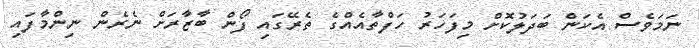
ނަމަވެސް އެކަން ބަދަލުކޮށް މިފަހަރު ހަފްތާއެއްގެ ތެރޭގައި ފޯން ބާޒާރަށް ނެރެން ނިންމާފައި